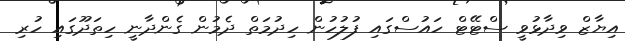
އިޔާޒް ވިދާޅުވީ ސްޓޭޓް ހައުސްގައި ފުލުހުން ހިދުމަތް ދެމުން ގެންދާނީ ހިތަދޫގައި ހުރި